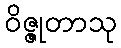
ဝိဇ္ဇုတာသု